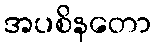
အပစိနတော